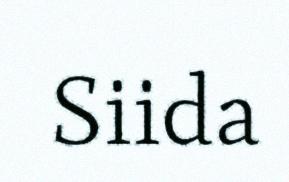
Siida